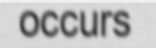
occurs